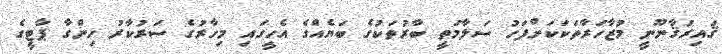
ޤައިރުޤާނޫނީ މުޒާހަރާތަކަކަށްފަހު ސަލާމަތީ ބާރުތަކުގެ ބަޔެއްގެ އެހީގައި މިހާރުގެ ސަރުކާރު ހިންގާ ޕާޓީގެ